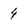
Character: 4